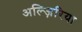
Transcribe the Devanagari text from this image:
अल्ज़िरिया